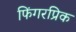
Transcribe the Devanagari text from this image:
फिंगरप्रिक